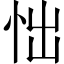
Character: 㤕